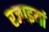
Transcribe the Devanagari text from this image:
रजाइयां